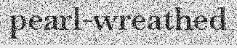
pearl-wreathed